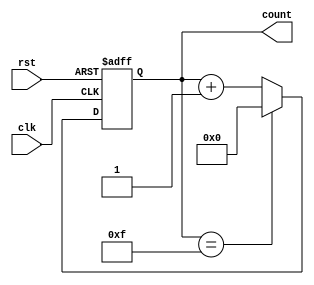
module binary_counter (
    input wire clk,    // Clock signal
    input wire rst,    // Asynchronous reset
    output reg [3:0] count // 4-bit output count
);

// State transition on clock edge
always @(posedge clk or posedge rst) begin
    if (rst) begin
        count <= 4'b0000; // Reset to 0
    end else begin
        count <= (count == 4'b1111) ? 4'b0000 : count + 1; // Increment or wrap around
    end
end

endmodule